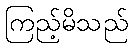
ကြည့်မိသည်